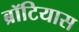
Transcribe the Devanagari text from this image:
ब्रॉटियास